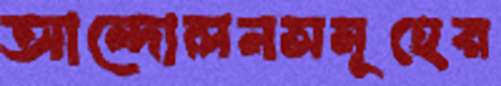
আন্দোলনসমূহের